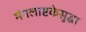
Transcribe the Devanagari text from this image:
मंगलाष्टकेसुद्धा